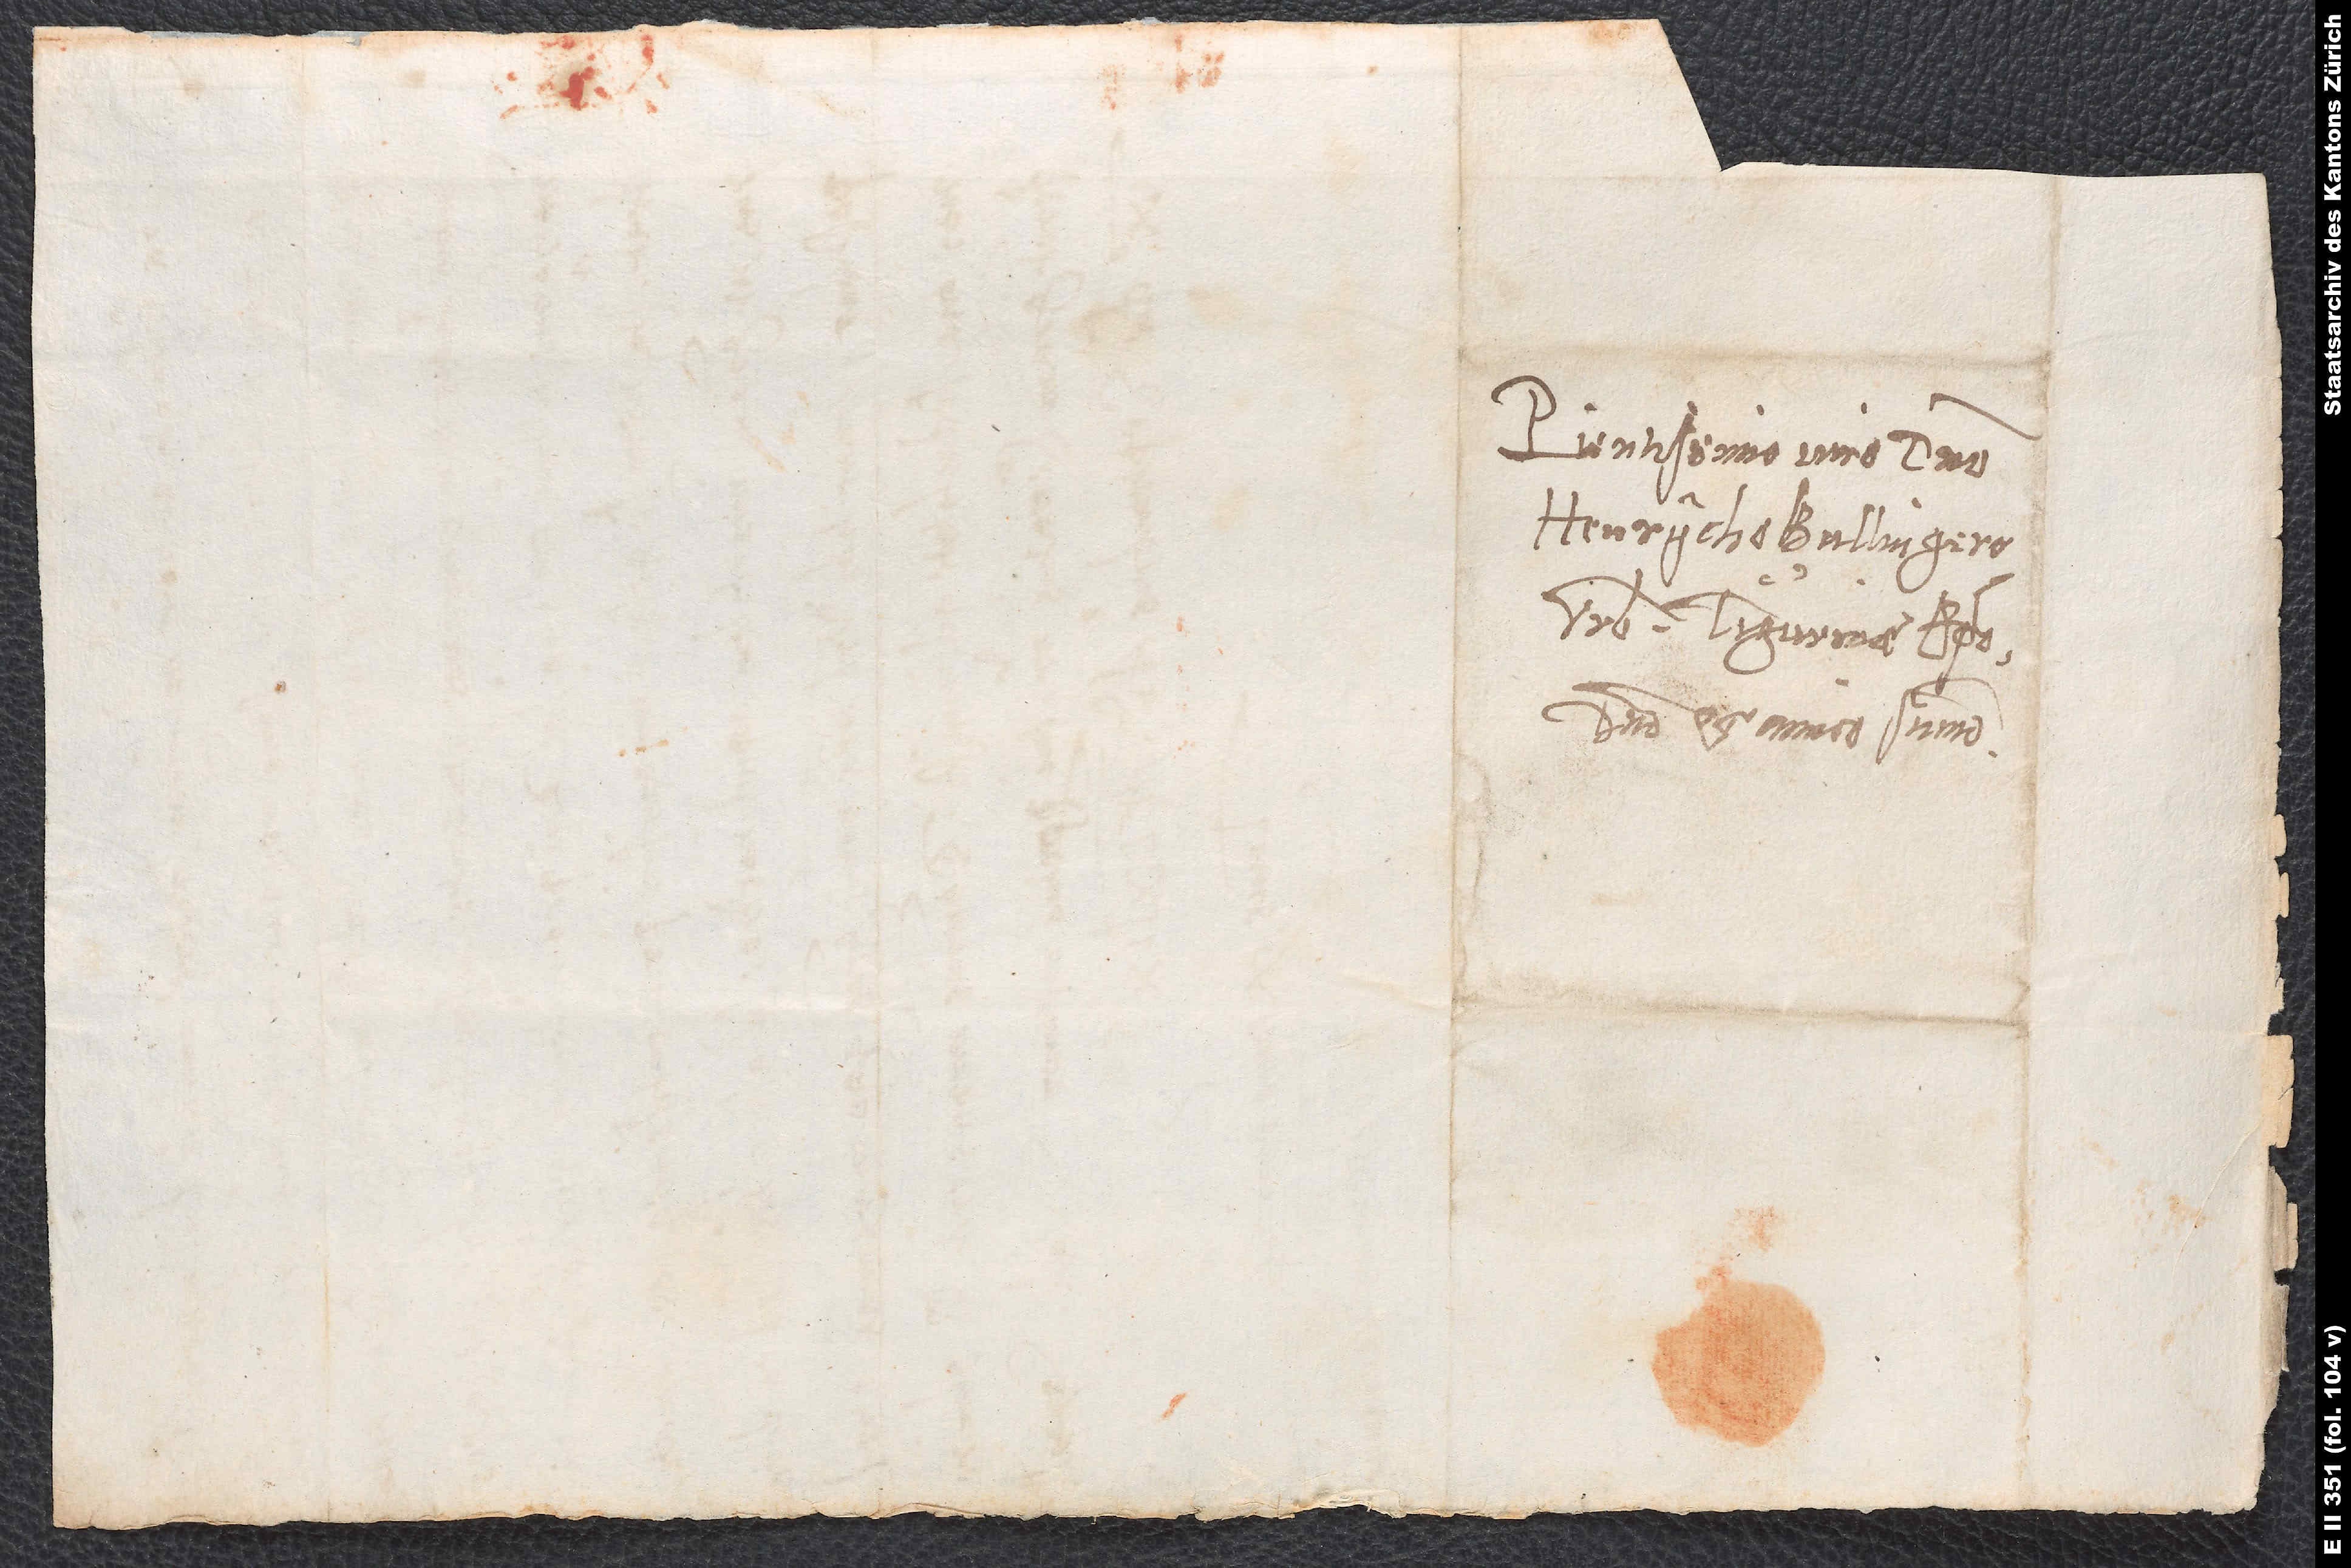
Pientissimo viro domino
Henrycho Bullingero,
domino et amico summo.